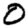
Digit: 0